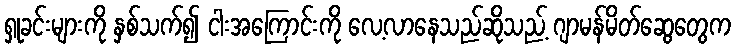
ရှုခင်းများကို နှစ်သက်၍ ငါးအကြောင်းကို လေ့လာနေသည်ဆိုသည့် ဂျာမန်မိတ်ဆွေတွေက